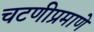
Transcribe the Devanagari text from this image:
चटणीप्रमाणे